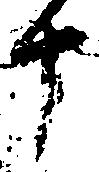
十